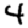
Digit: 4